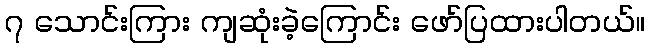
၇ သောင်းကြား ကျဆုံးခဲ့ကြောင်း ဖော်ပြထားပါတယ်။